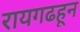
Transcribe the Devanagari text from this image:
रायगढहून